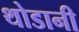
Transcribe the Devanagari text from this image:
थोडानी